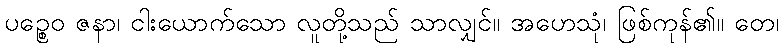
ပဉ္စေဝ ဇနာ၊ ငါးယောက်သော လူတို့သည် သာလျှင်။ အဟေသုံ၊ ဖြစ်ကုန်၏။ တေ၊